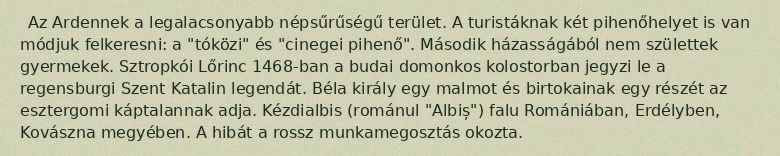
Az Ardennek a legalacsonyabb népsűrűségű terület. A turistáknak két pihenőhelyet is van módjuk felkeresni: a "tóközi" és "cinegei pihenő". Második házasságából nem születtek gyermekek. Sztropkói Lőrinc 1468-ban a budai domonkos kolostorban jegyzi le a regensburgi Szent Katalin legendát. Béla király egy malmot és birtokainak egy részét az esztergomi káptalannak adja. Kézdialbis (románul "Albiș") falu Romániában, Erdélyben, Kovászna megyében. A hibát a rossz munkamegosztás okozta.